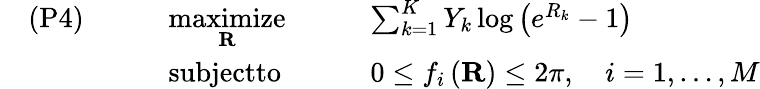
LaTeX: \begin{array}{rlrlrl}&{\textrm{(P4)}}&{\quad}&{\underset{\mathbf{R}}{\textrm{maximize}}\quad}&&{\sum_{k=1}^{K}Y_{k}\log\left(e^{R_{k}}-1\right)}\\ &{}&&{\textrm{subjectto}\quad}&&{0\leq f_{i}\left(\mathbf{R}\right)\leq 2\pi,\quad i=1,\dots,M}\end{array}